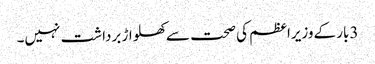
3بار کےوزیراعظم کی صحت سےکھلواڑ برداشت نہیں۔